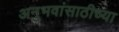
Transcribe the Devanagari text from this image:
अनुभवांसाठीच्या